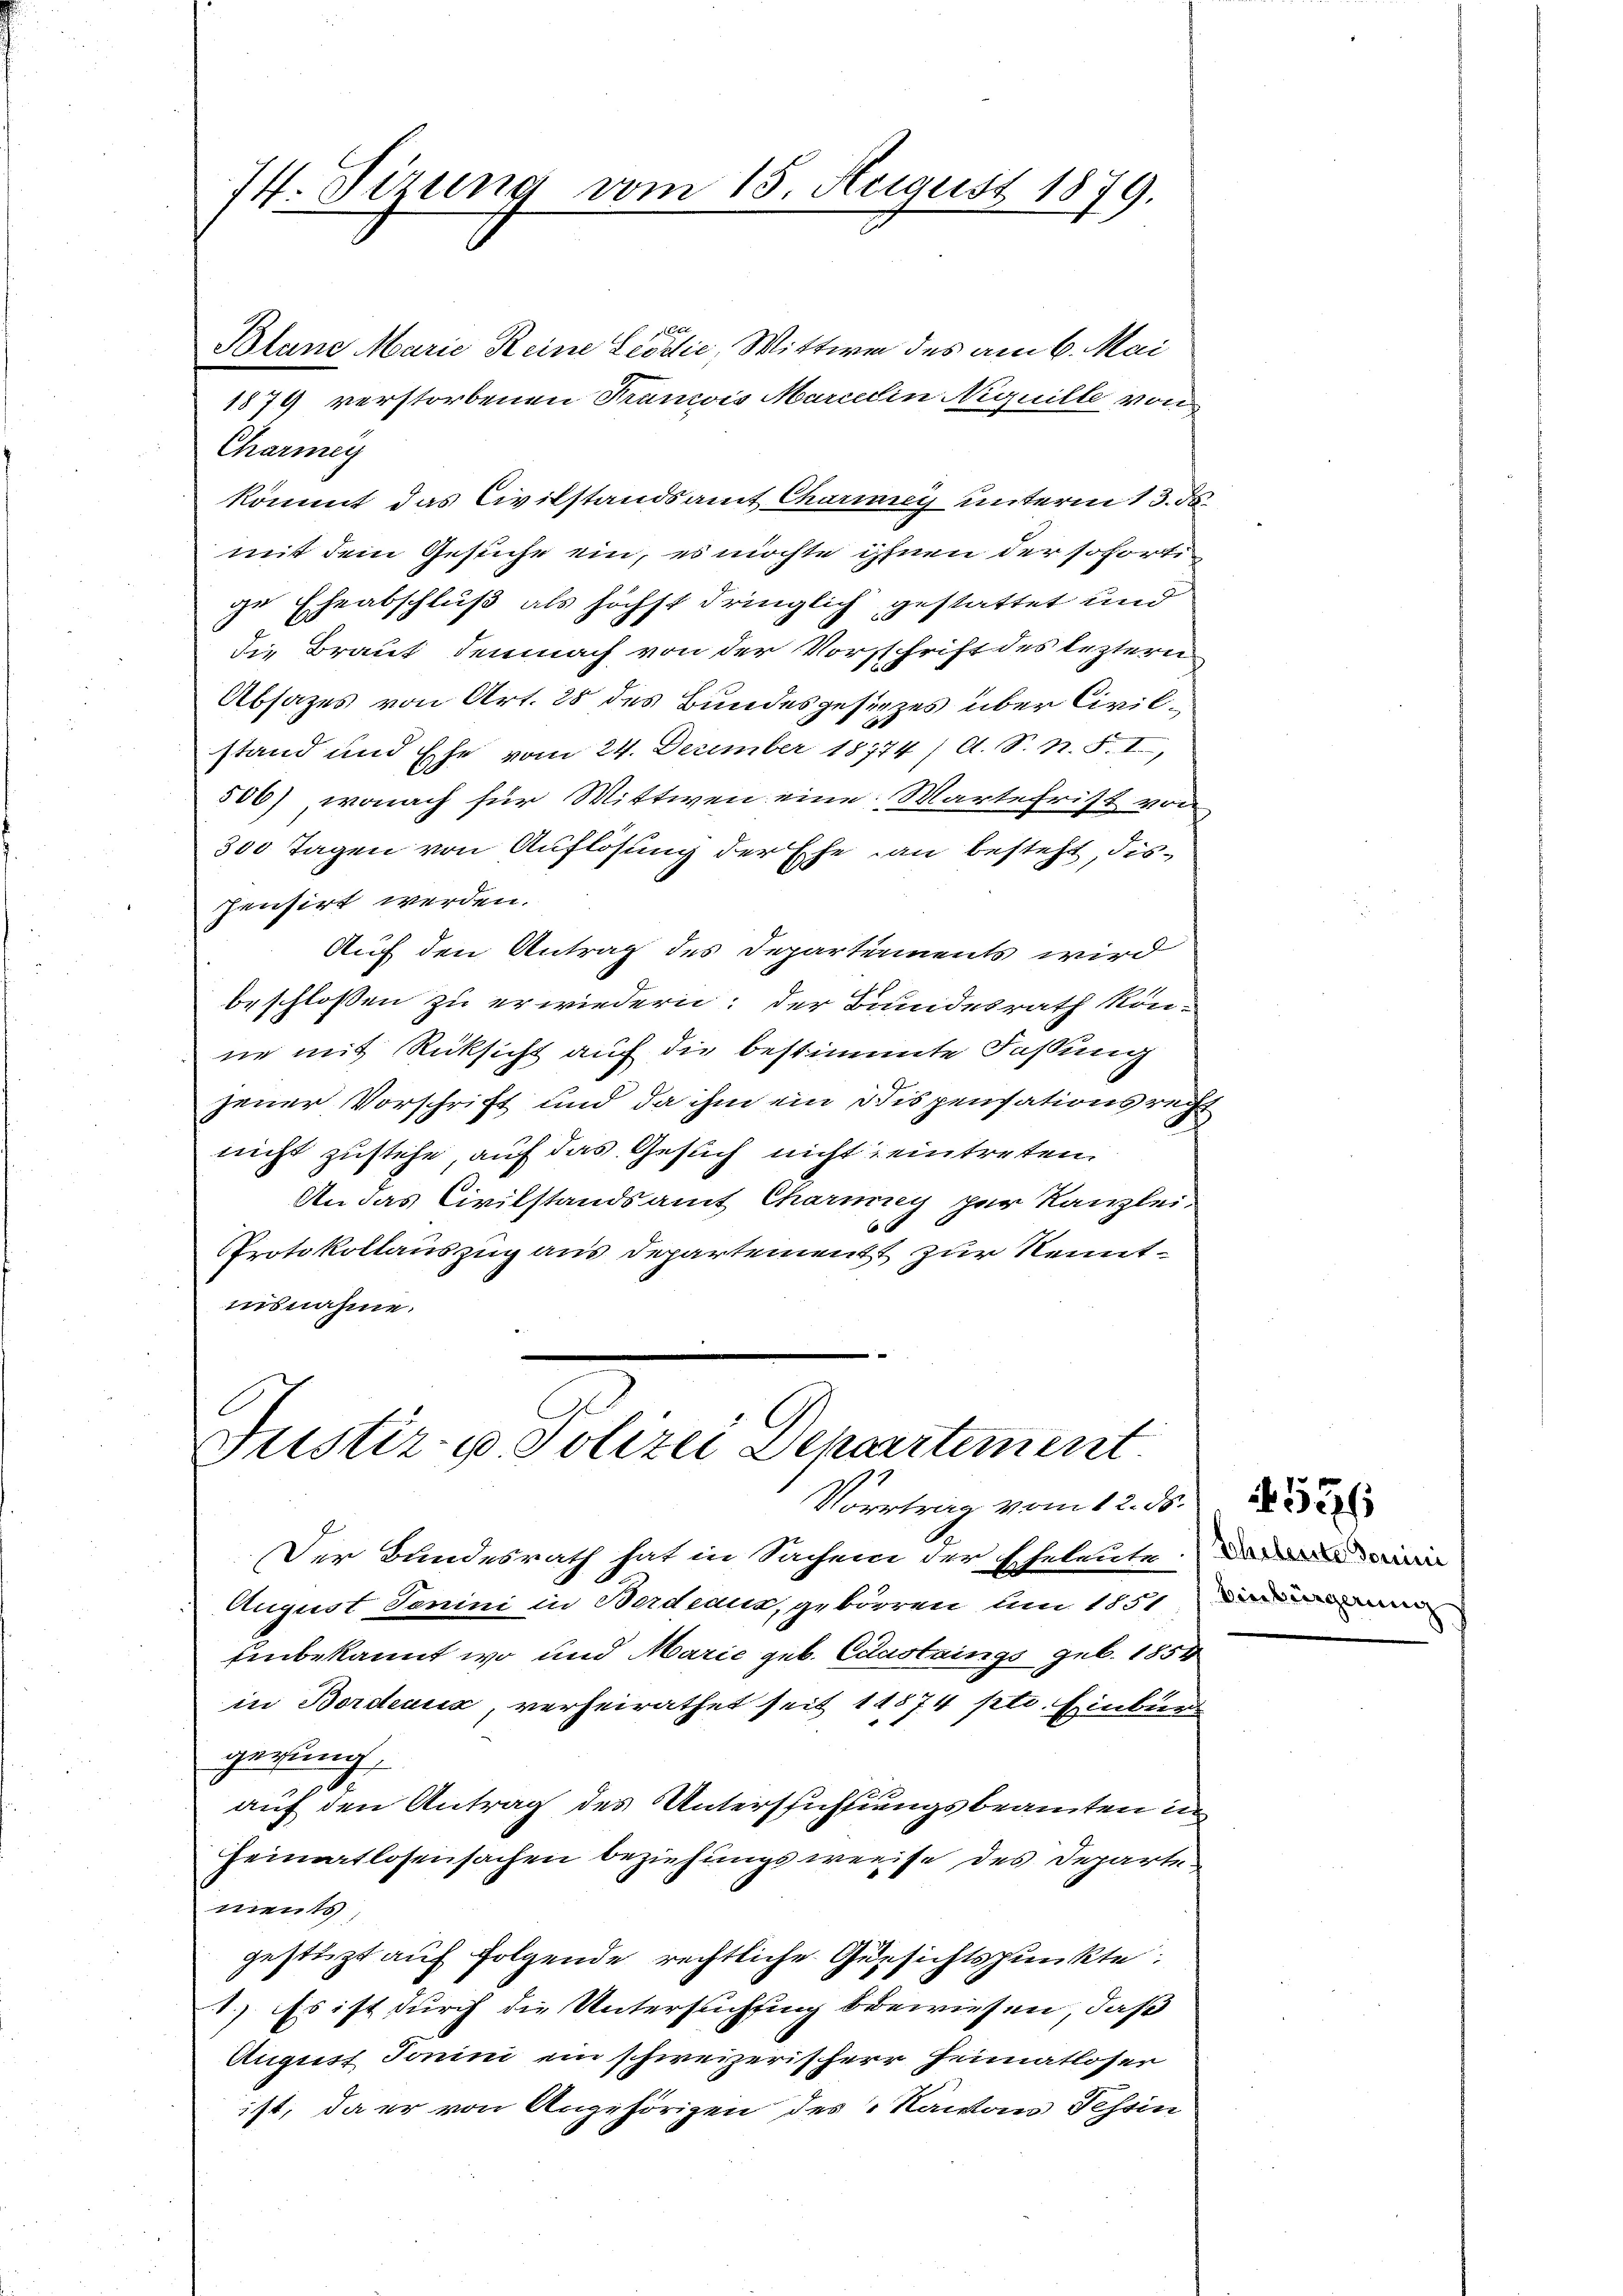
74. Sizung vom 15. August 1879.

t
Bland Marie Reine Leodić, Wittwe des am 6. Mai
1879 verstorbenen Francois Marielin Niguille von
Charmen
kömmt das Civilstandsamt Charinny unterm 13. ds.
mit dem Gesuche ein, es möchte ihnen der sofortige Eheabschluß als höchst dringlich gestattet und
die Braut demnach von der Vorschrift des leztern
Absazes von Art. 28 des Bundesgesezes über Civilstand und Ehe vom 24. December 18774 / A. S. N. S. I,
506), wonach für Wittwen eine Martefrist von
300 Tagen von Auflösung der Ehe an besteht, dis-
pensirt werden.
Auf den Antrag des Departements wird
beschlossen zu erwiedern; der Bundesrath könne mit Rücksicht auf die bestimmte Faßung
jener Vorschrift und da ihm ein Dispensationsrecht
nicht zustehe auf das Gesuch nicht eintreten.
An das Civilstandsamt Charing zur Kanzlei-
 x
PProtokollauszug aus Departement zur Kenntinsnahme.

Justiz- & Polizei Departement
Vortrag vom 12. d. d.

Der Bundesrath hat in Sachen der Eheleute
August Janini in Bordeaus, gebörren um 1851
Einbekannt wo und Marie geb. Edustrings geb. 1854
in Bordenia, verheirathet seit 14874 ptr. Einbur
gerung.
.
auf den Antrag des Untersuchungsbeamten in
Heimatlosensachen beziehungsweise des Departements,
gestüzt auf folgende rechtliche Gesichtspunkte.
1.) Es ist durch die Untersuchung bewiesen, daß
August Jonini ein schweizerischerr Heimatloser
ist, da er von Angehörigen des Nawan Tessin

Scheleute domini
Einbürgerung